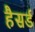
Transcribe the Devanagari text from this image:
हैसर्ड